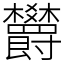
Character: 欝